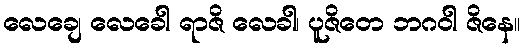
လေချေ လေခေါ ရာဇိ လေခါ၊ ပူဇိတေ ဘဂဝါ ဇိနေ။